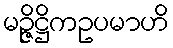
မဉ္ဇိဋ္ဌိကဥပမာဟိ